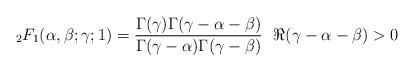
LaTeX: \begin{align*}\,_{2}F_{1}(\alpha,\beta;\gamma;1)=\frac{\Gamma(\gamma)\Gamma(\gamma-\alpha-\beta)}{\Gamma(\gamma-\alpha)\Gamma(\gamma-\beta)}\ \ \Re(\gamma-\alpha-\beta)>0\end{align*}